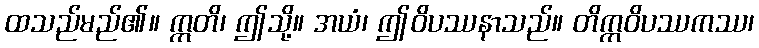
ထသည်မည်၏။ ဣတိ၊ ဤသို့။ အယံ၊ ဤဝိပဿနာသည်။ တိက္ကဝိပဿကဿ၊